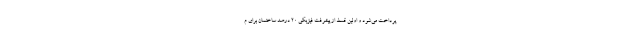
پرداخت می‌شود و اولین قسط از پیشرفت فیزیکی 20 درصد ساختمان برای م